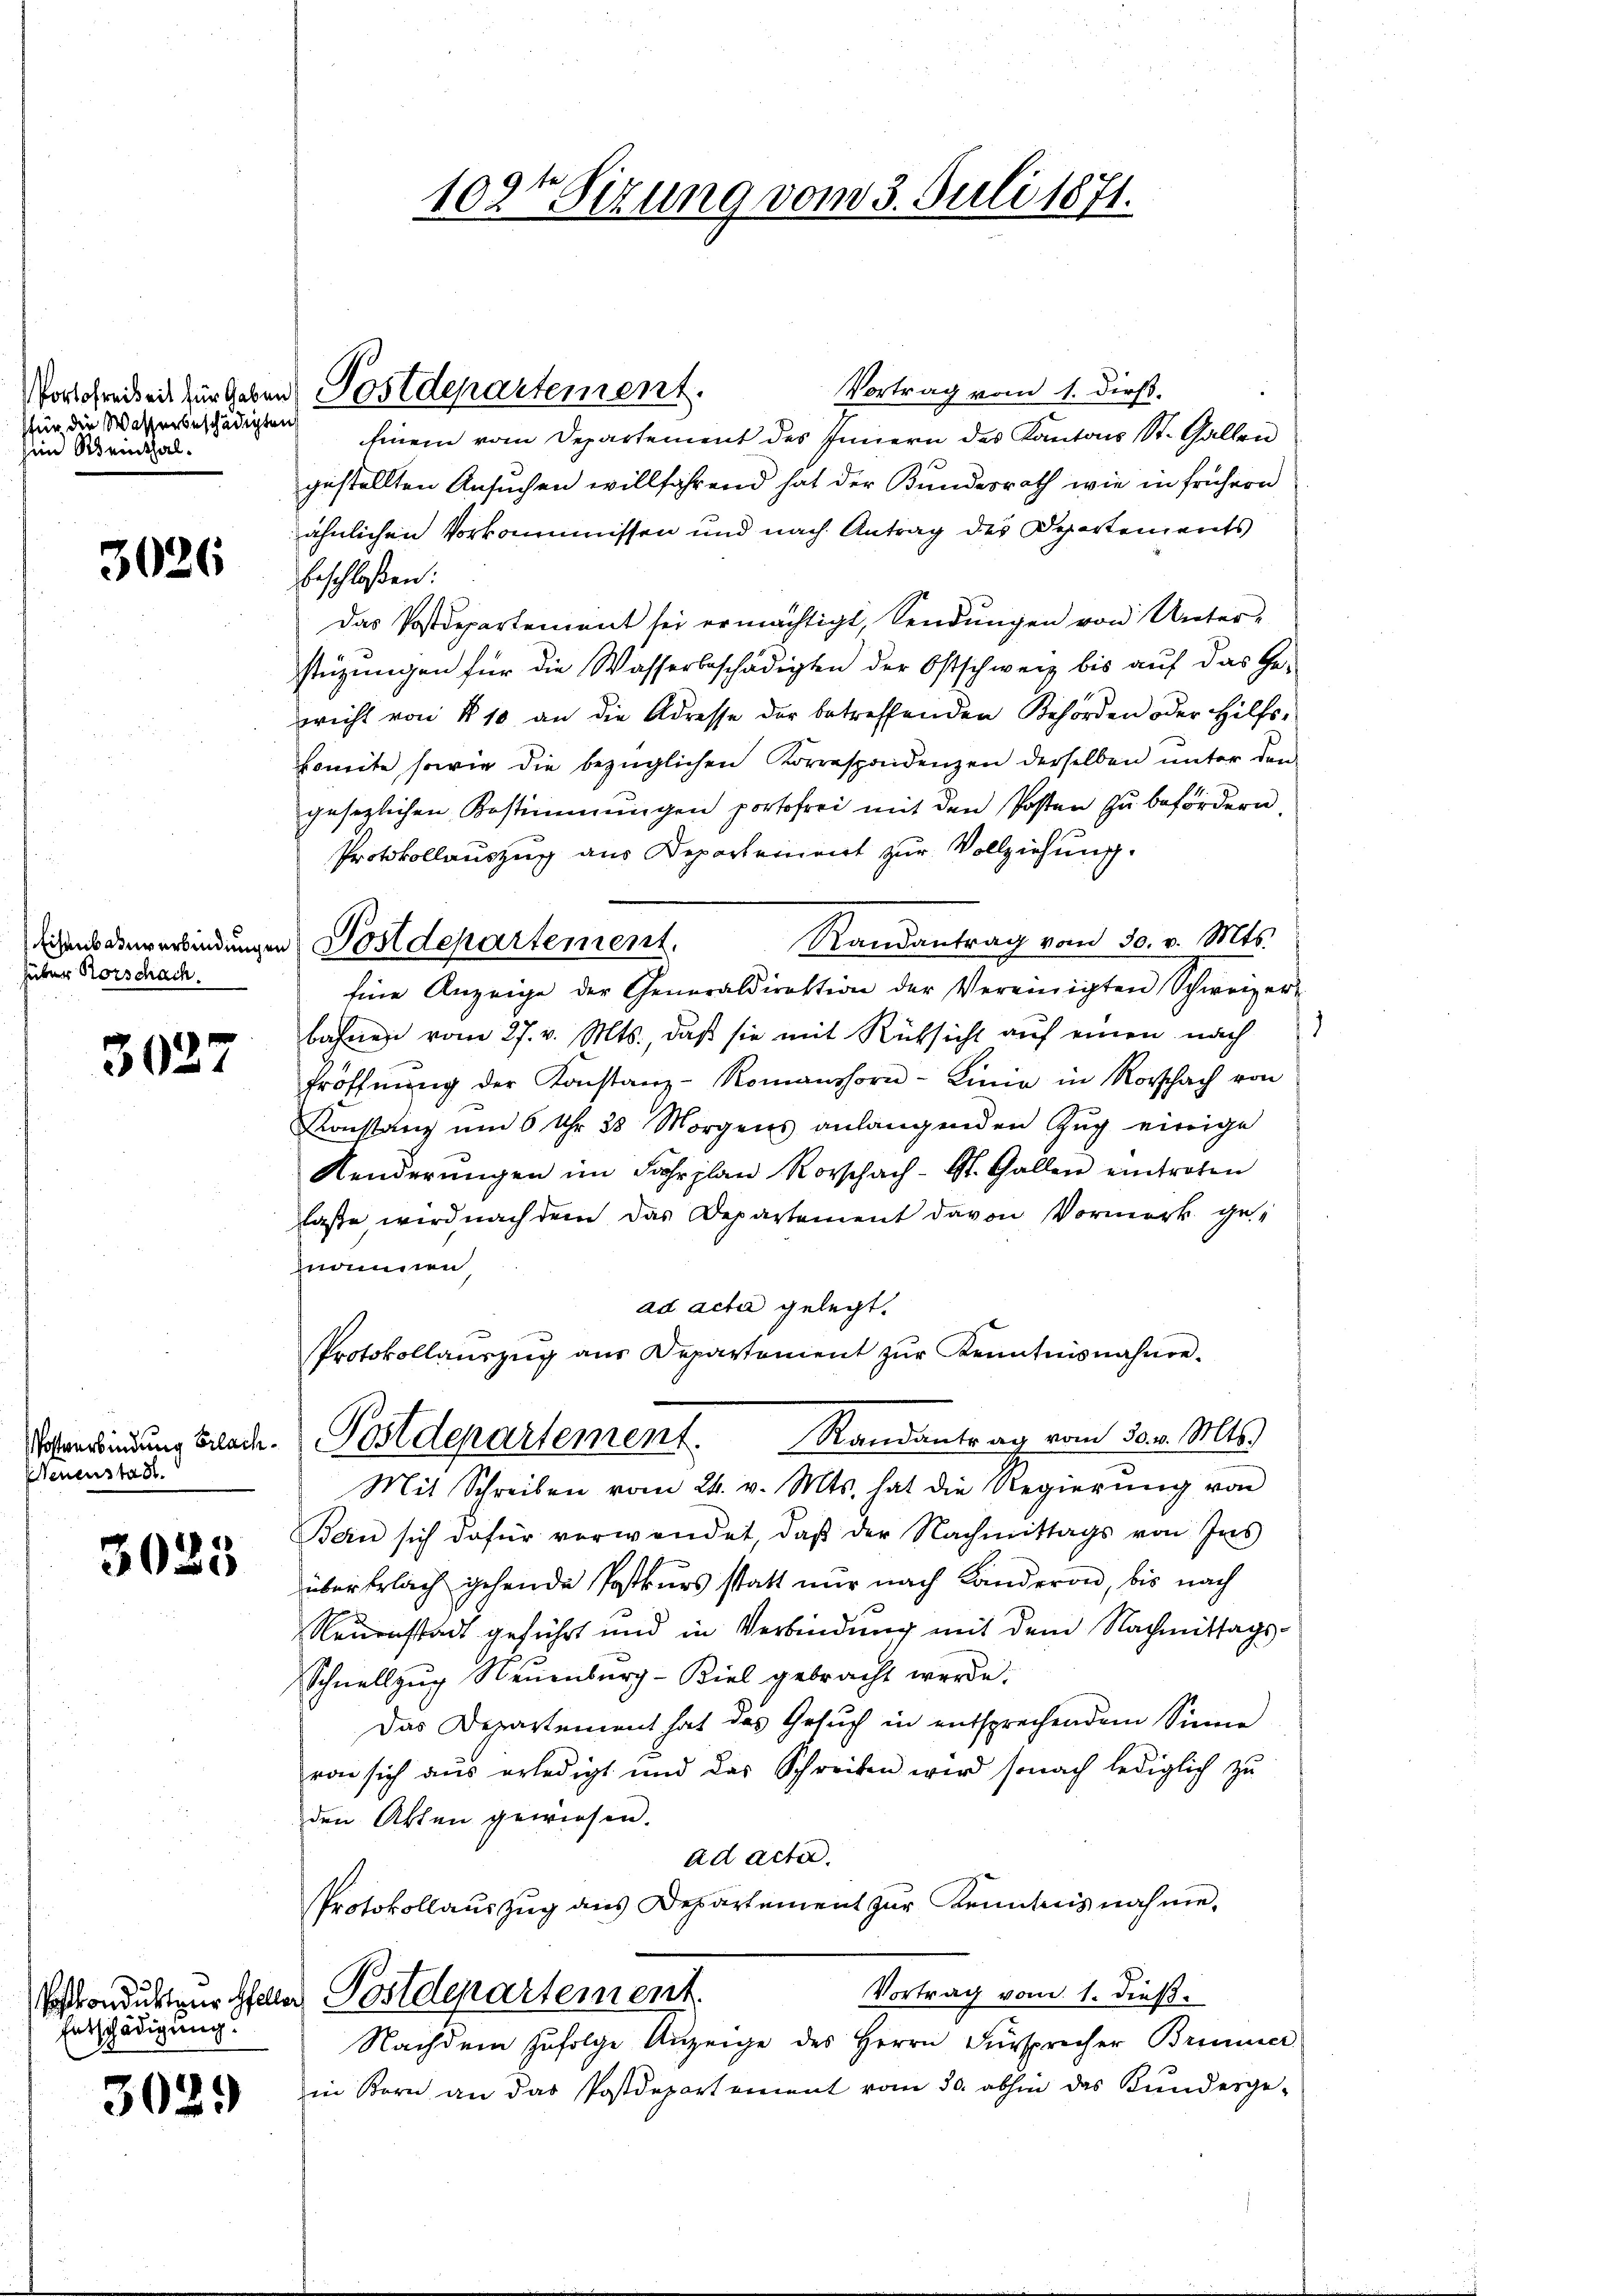
für die Wasserbeschädigten
ein Weinthal¬

3026

süber Rorschach.

3027

Postverbindung Brachenenstadt.

3025

Entschädigung.

3029

Vortrag vom 1. dieß.
Einem vom Departement des Innern des Kantons St. Gallen
gestellten Ansuchen willfährend hat der Bundesrath wie in frühern
ähnlichen Vorkommnissen und nach Antrag des Departements
beschloßen:
Das Postdepartement sei ermächtigt, Sendungen von Unterstüzungen für die Wasserbeschädigten der Ostschweiz bis aŭf das Ge-
wicht von § 10 an die Adresse der betreffenden Behörden oder Hilfskomite sowie die bezüglichen Korrespoidenzen derselben ŭnter den
gesezlichen Bestimmungen portofrei mit den Posten zu befördern
Protokollauszug aus Departement zur Vollziehung.
Randantrag vom 30. v. Mts.
Eine Anzeige der Generaldirektion der Vereinigten Schweizer-
bahnen vom 27. v. Mts., daβ sie mit Rücksicht aŭf einen nach
Eröffnŭng der Konstanz-Romanshorn-Linie in Rorschach von
Konstanz um 6 Uhr 30 Morgens anlangenden Zug einige
Kenderŭngen im Jahr plan Rorschach- St. Gallen eintreten
lasse wird nach dem das Departement davon Vormerk gehnommen
ad acta gelegt.
Protokollauszug aus Departement zŭr Kenntnisnahme-
Postdepartement. Randantrag vom 30. v. Mts.
Mit Schreiben vom 24. v. Mts. hat die Regierung von
Bern sich dafür verwendet, daβ der Nachmittags von Ins
über Erlach gehende Postkurs statt nur nach Landeron, bis nach
Neuenstadt geführt und in Verbindung mit dem Nachmittags¬
Schnellzug Neuenburg - Biel gebracht werde.
Das Departement hat das Gesuch in entsprechendem Sinne
von sich aus erledigt und das Schreiben wird sonach lediglich zŭ
den Akten gewiesen.
ad acter.
Protokollauszug aus Departement zur Kenntnis nahme¬
Vortrag vom 1. dieß.
Vondukten Herr Postdepartement.
Nachdem zufolge Anzeige des Herrn Fürsprecher Brunner
in Korn an das Postdepartement vom 30. abhin das Bŭndesge-

Vorschreibeit für geben Postdepartement.

lichens anverbindungen Postdepartement.

102t Sizung vom 3. Juli 1871.